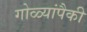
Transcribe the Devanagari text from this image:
गोळ्यांपैकी